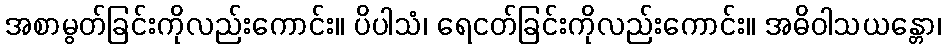
အစာမွတ်ခြင်းကိုလည်းကောင်း။ ပိပါသံ၊ ရေငတ်ခြင်းကိုလည်းကောင်း။ အဓိဝါသယန္တော၊